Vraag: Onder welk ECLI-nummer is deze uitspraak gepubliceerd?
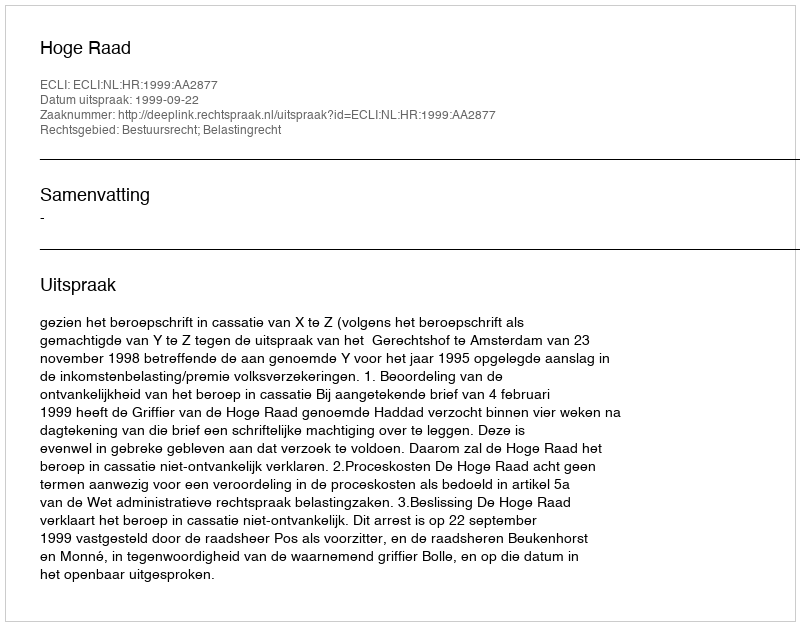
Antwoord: ECLI:NL:HR:1999:AA2877